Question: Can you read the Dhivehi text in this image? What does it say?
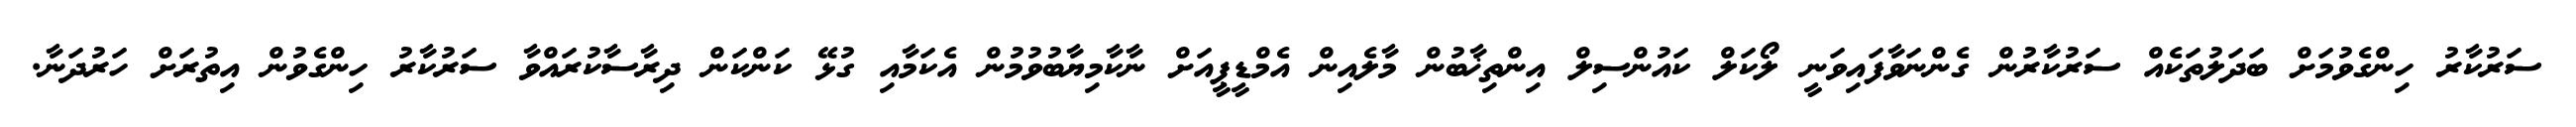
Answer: ސަރުކާރު ހިންގެވުމަށް ބަދަލުތަކެއް ސަރުކާރުން ގެންނަވާފައިވަނީ ލޯކަލް ކައުންސިލް އިންތިޚާބުން މާލެއިން އެމްޑީޕީއަށް ނާކާމިޔާބުވުމުން އެކަމާއި ގުޅޭ ކަންކަން ދިރާސާކުރައްވާ ސަރުކާރު ހިންގެވުން އިތުރަށް ހަރުދަނާ.